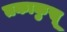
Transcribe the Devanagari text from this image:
तकाकुसू